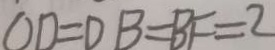
O D = D B = B F = 2